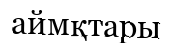
аймқтары